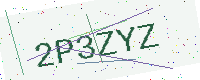
Text: 2P3ZYZ